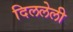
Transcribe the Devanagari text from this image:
दिललेली